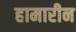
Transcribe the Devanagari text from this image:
हामारीन